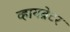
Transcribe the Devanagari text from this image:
व्हायब्रेटर